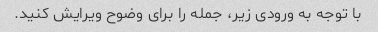
با توجه به ورودی زیر، جمله را برای وضوح ویرایش کنید.